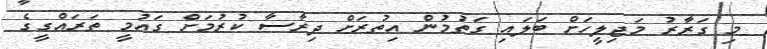
މި ގަރާރު މަޖިލީހަށް ބަލައި ގަތުމުން އިތުރަށް ދިރާސާ ކުރުމަށް ގައުމީ ތަރައްގީގެ